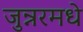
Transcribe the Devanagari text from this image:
जुन्नरमधे